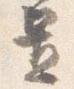
置